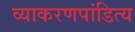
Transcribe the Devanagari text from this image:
व्याकरणपांडित्य